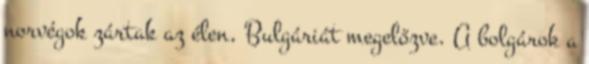
norvégok zártak az élen, Bulgáriát megelőzve. A bolgárok a